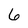
Character: 6